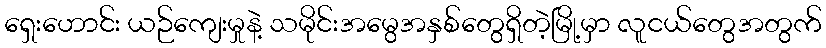
ရှေးဟောင်း ယဉ်ကျေးမှုနဲ့ သမိုင်းအမွေအနှစ်တွေရှိတဲ့မြို့မှာ လူငယ်တွေအတွက်